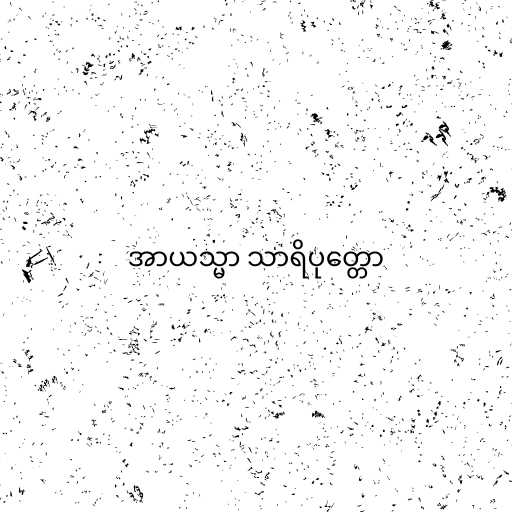
အာယသ္မာ သာရိပုတ္တော